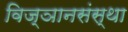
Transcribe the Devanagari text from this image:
विज्ञानसंस्था